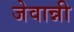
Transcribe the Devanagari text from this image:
जेवान्नी